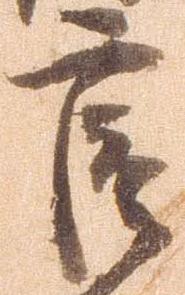
官